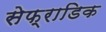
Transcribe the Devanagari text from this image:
सेफ्राडिक